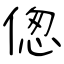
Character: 偬